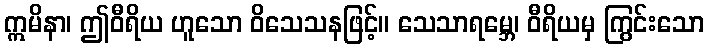
ဣမိနာ၊ ဤဝီရိယ ဟူသော ဝိသေသနဖြင့်။ သေသာရမ္ဘေ၊ ဝီရိယမှ ကြွင်းသော